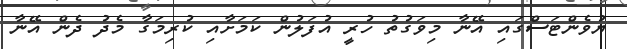
ޔުވެންޓަސްގައި އޭނާ މިވަގުތު ހުރީ އުފަލުން ކަމަށާއި ކުރިމަގާ މެދު ދެން އޭނާ